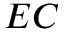
E C